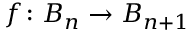
f \colon B _ { n } \to B _ { n + 1 }